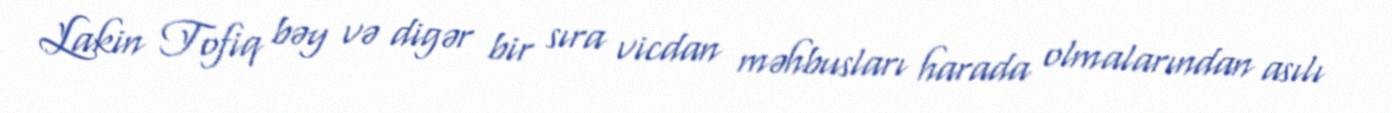
Lakin Tofiq bəy və digər bir sıra vicdan məhbusları harada olmalarından asılı